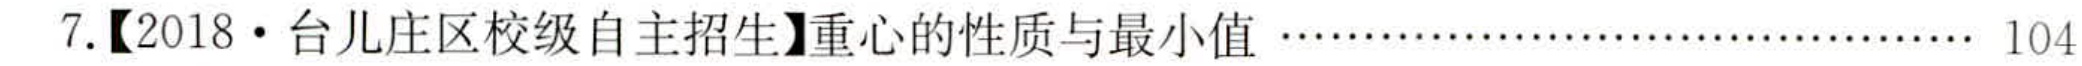
7.【2018·台儿庄区校级自主招生】重心的性质与最小值 …………………………… 104